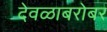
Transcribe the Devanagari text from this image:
देवळाबरोबर